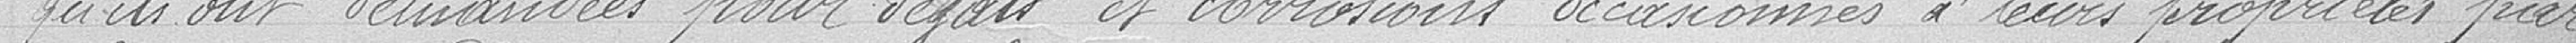
qu'ils ont demandés pour dégâts et corrosions occasionnés à leurs propriétés par